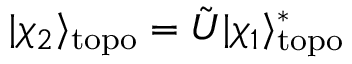
| \chi _ { 2 } \rangle _ { \mathrm { t o p o } } = \tilde { U } | \chi _ { 1 } \rangle _ { \mathrm { t o p o } } ^ { * }